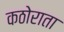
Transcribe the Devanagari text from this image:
कठोराता